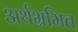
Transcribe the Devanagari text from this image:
अर्थभ्रमित